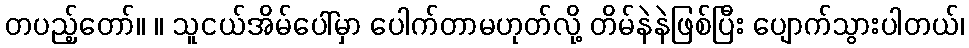
တပည့်တော်။ ။ သူငယ်အိမ်ပေါ်မှာ ပေါက်တာမဟုတ်လို့ တိမ်နဲနဲဖြစ်ပြီး ပျောက်သွားပါတယ်၊